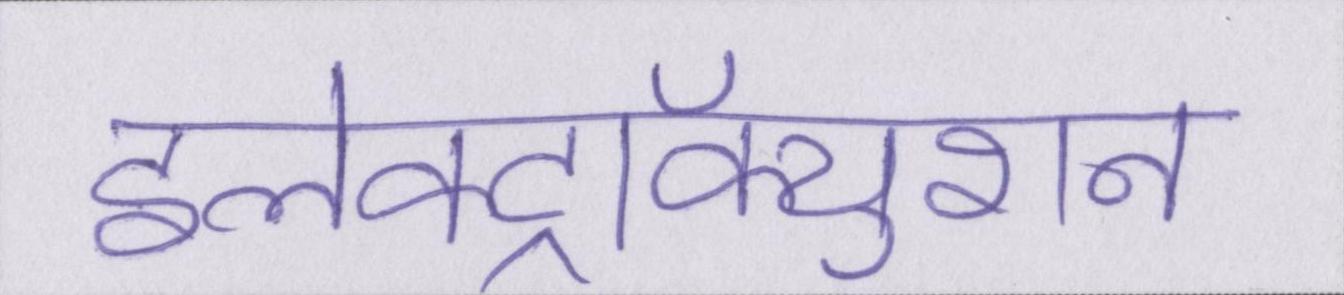
इलेक्ट्रॉक्युशन